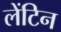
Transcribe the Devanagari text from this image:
लेंटिन